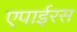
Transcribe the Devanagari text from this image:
एपाईरस